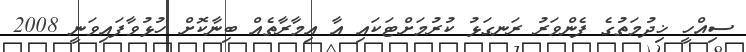
ސިއްހީ ޚިދުމަތުގެ ފެންވަރު ރަނގަޅު ކުރުމަށްޓަކައި އާ އިމާރާތެއް ބިނާކޮށް ހުޅުވާފައިވަނީ 2008